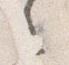
之